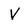
Character: V